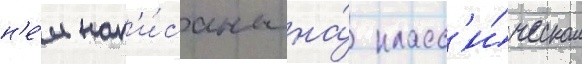
н'е́м нап'и́саны на́ класс'и́ческом